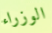
الوزراء